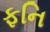
ફનિ